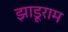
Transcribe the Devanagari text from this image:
झाड़ूराम